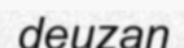
deuzan